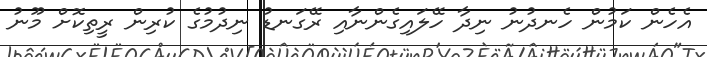
އެހެން ކަމުން ހެނދުނު ނިދާ ހޭލައިގެންނާއި ރޭގަނޑު ނިދުމުގެ ކުރިން ރީތިކޮށް މޫނު